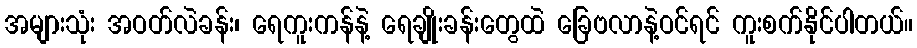
အများသုံး အဝတ်လဲခန်း၊ ရေကူးကန်နဲ့ ရေချိုးခန်းတွေထဲ ခြေဗလာနဲ့ဝင်ရင် ကူးစက်နိုင်ပါတယ်။